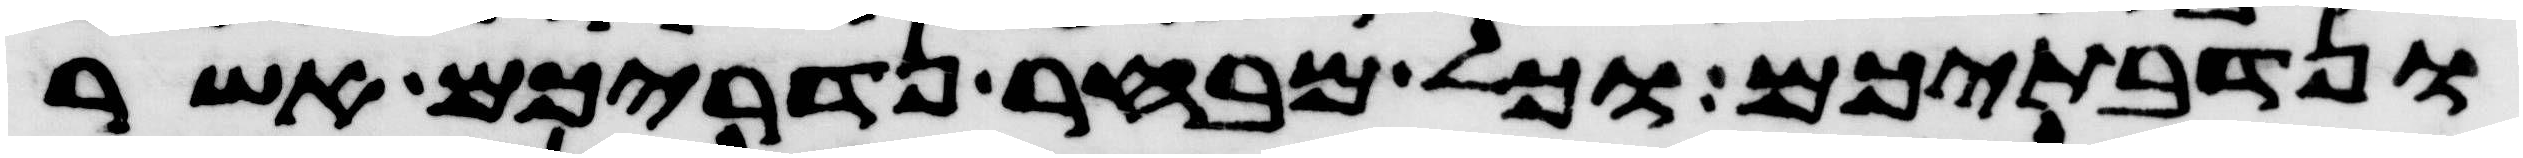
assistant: ונדבתיכם וכל מבחר נדריכם אשר